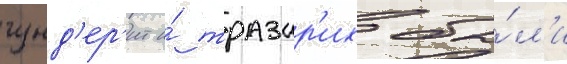
гунд'ер'ит и́ тразар'их бы́л'и